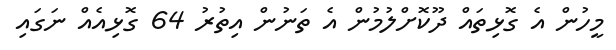
މީހުން އެ ގޮޅިތައް ދޫކޮށްލުމުން އެ ތަނުން އިތުރު 64 ގޮޅިއެއް ނަގައި